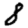
Digit: 8